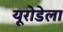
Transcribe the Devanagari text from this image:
यूरोडेला